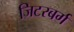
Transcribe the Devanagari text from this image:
जिटरबर्ग